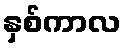
နှစ်ကာလ